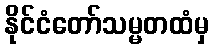
နိုင်ငံတော်သမ္မတထံမှ